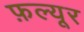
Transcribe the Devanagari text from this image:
फ़ल्यूर